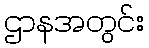
ဌာနအတွင်း